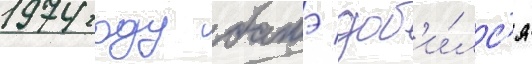
1974 году батэ доб'и́лс'я